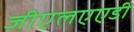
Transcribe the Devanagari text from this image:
जीएलएएडी